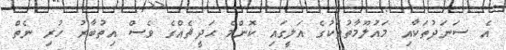
އެ ސަނަދުތަކާއި މައުލޫމާތުތަކުގެ އަލީގައި ކޮންމެ ޙަދީޘެއްގެ ވެސް އިތުބާރު ހުރި ނެތް